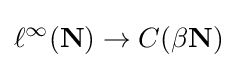
\ell ^{\infty }(\mathbf {N} )\to C(\beta \mathbf {N} )